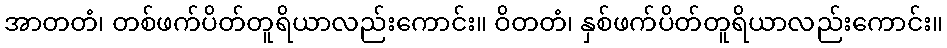
အာတတံ၊ တစ်ဖက်ပိတ်တူရိယာလည်းကောင်း။ ဝိတတံ၊ နှစ်ဖက်ပိတ်တူရိယာလည်းကောင်း။